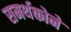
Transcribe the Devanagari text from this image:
समर्थकोने